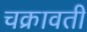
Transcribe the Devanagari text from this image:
चक्रावती